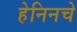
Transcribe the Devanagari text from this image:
हेनिनचे